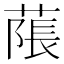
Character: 𦹥